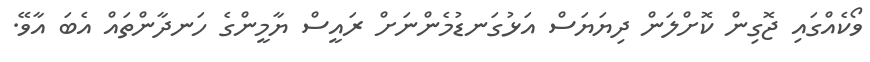
ވޯކެއްގައި ޖޮގިން ކޮށްލަން ދިޔަޔަސް އަޅުގަނޑުމެންނަށް ރައީސް ޔާމީންގެ ހަނދާންތައް އެބަ އާވޭ.